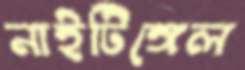
নাইটিঙ্গেল